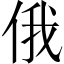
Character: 俄